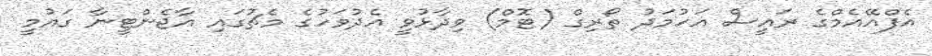
އެފްއޭއެމްގެ ރައީސް އަހުމަދު ތޯރިގް (ޓޮމް) ވިދާޅުވީ އެދުވަހުގެ މެޗުގައި އާޖެންޓީނާ ގައުމީ